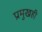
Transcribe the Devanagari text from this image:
प्रमुखही